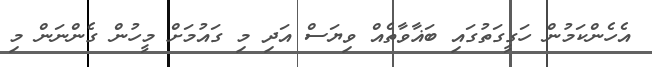
އެހެންކަމުން ހަގީގަތުގައި ބަޣާވާތެއް ވިޔަސް އަދި މި ގައުމަށް މީހުން ގެންނަން މި